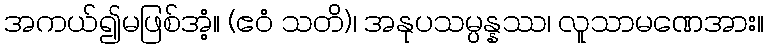
အကယ်၍မဖြစ်အံ့။ (ဧဝံ သတိ)၊ အနုပသမ္ပန္နဿ၊ လူသာမဏေအား။